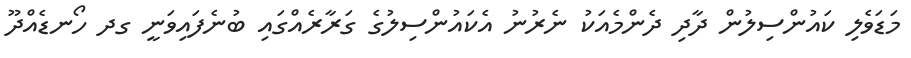
މަޑަވެލި ކައުންސިލުން ދާދި ދެންމެއަކު ނެރުނު އެކައުންސިލުގެ ގަރާރެއްގައި ބުނެފައިވަނީ ގދ ހޯނޑެއްދޫ